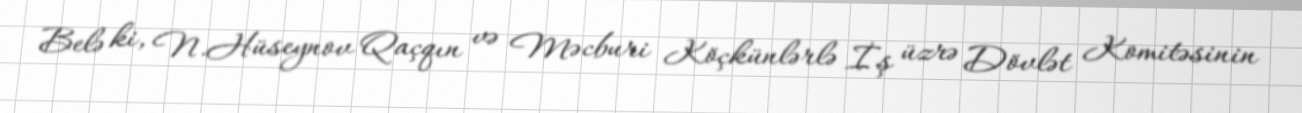
Belə ki, N.Hüseynov Qaçqın və Məcburi Köçkünlərlə İş üzrə Dövlət Komitəsinin